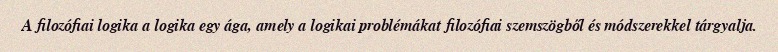
A filozófiai logika a logika egy ága, amely a logikai problémákat filozófiai szemszögből és módszerekkel tárgyalja.